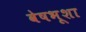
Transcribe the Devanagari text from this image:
वेषभूशा